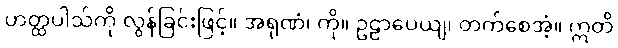
ဟတ္ထပါသ်ကို လွန်ခြင်းဖြင့်။ အရုဏံ၊ ကို။ ဥဠာပေယျ၊ တက်စေအံ့။ ဣတိ